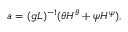
a = ( g L ) ^ { - 1 } ( \theta H ^ { \theta } + \psi H ^ { \psi } ) ,